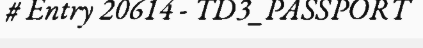
# Entry 20614 - TD3_PASSPORT